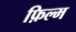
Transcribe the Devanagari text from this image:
फ़िल्म